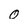
Character: 0